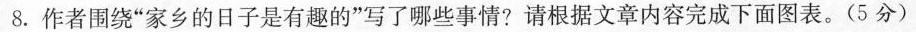
8.作者围绕”家乡的日子是有的*写了哪些事情?据文章内容完成下面图表。